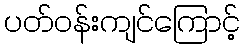
ပတ်ဝန်းကျင်ကြောင့်